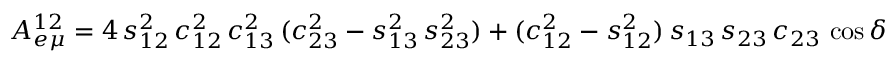
A _ { e \mu } ^ { 1 2 } = 4 \, s _ { 1 2 } ^ { 2 } \, c _ { 1 2 } ^ { 2 } \, c _ { 1 3 } ^ { 2 } \, ( c _ { 2 3 } ^ { 2 } - s _ { 1 3 } ^ { 2 } \, s _ { 2 3 } ^ { 2 } ) + ( c _ { 1 2 } ^ { 2 } - s _ { 1 2 } ^ { 2 } ) \, s _ { 1 3 } \, s _ { 2 3 } \, c _ { 2 3 } \, \cos \delta